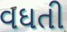
વઘતી